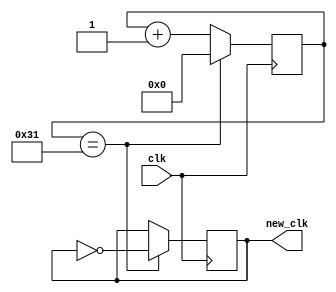
module freq_converter(input wire clk, output reg new_clk);

reg [7:0] cont;

initial begin
    cont = 0;
    new_clk = 0; 
end

always @(posedge clk)
begin
    if(cont==49)
    begin
        cont <= 0;
        new_clk <= ~new_clk;
    end
    else
    begin
        cont <= cont+1;
    end

end

endmodule